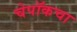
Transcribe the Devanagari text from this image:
चेपॉकचा